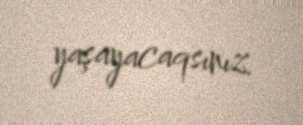
yaşayacaqsınız.